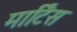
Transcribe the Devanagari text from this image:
मार्टिस